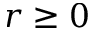
r \geq 0